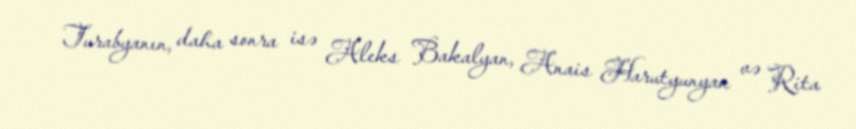
Turabyanın, daha sonra isə Aleks Bakalyan, Anais Harutyunyan və Rita